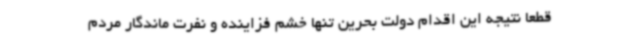
قطعا نتیجه این اقدام دولت بحرین تنها خشم فزاینده و نفرت ماندگار مردم